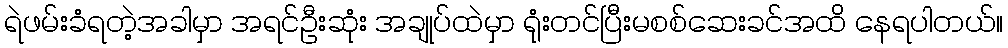
ရဲဖမ်းခံရတဲ့အခါမှာ အရင်ဦးဆုံး အချုပ်ထဲမှာ ရုံးတင်ပြီးမစစ်ဆေးခင်အထိ နေရပါတယ်။